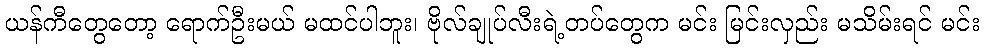
ယန်ကီတွေတော့ ရောက်ဦးမယ် မထင်ပါဘူး၊ ဗိုလ်ချုပ်လီးရဲ့တပ်တွေက မင်း မြင်းလှည်း မသိမ်းရင် မင်း